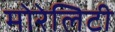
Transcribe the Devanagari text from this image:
मोरेलिटी